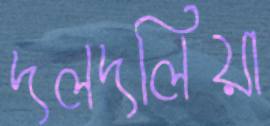
দলদলিয়া